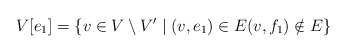
\begin{align*} V[e_1]=\{v\in V\setminus V'\mid (v,e_1)\in E (v,f_1)\notin E\} \end{align*}